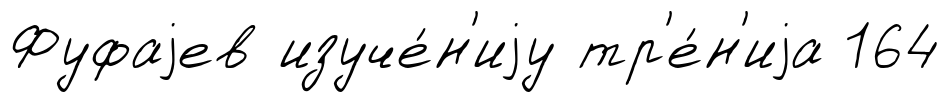
Фуфаjев изуче́н'иjу тр'е́н'иjа 164